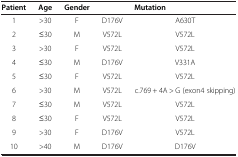
| Patient | Age | Gender | <COLSPAN=2> Mutation |
 | --- | --- | --- | --- | --- |
 | 1 | >30 | F | D176V | A630T |
 | 2 | ≤30 | M | V572L | V572L |
 | 3 | >30 | F | V572L | V572L |
 | 4 | ≤30 | M | D176V | V331A |
 | 5 | ≤30 | F | V572L | V572L |
 | 6 | >30 | M | V572L | c.769 + 4A > G (exon4 skipping) |
 | 7 | ≤30 | M | V572L | V572L |
 | 8 | ≤30 | F | V572L | V572L |
 | 9 | >30 | F | D176V | V572L |
 | 10 | >40 | M | D176V | D176V |